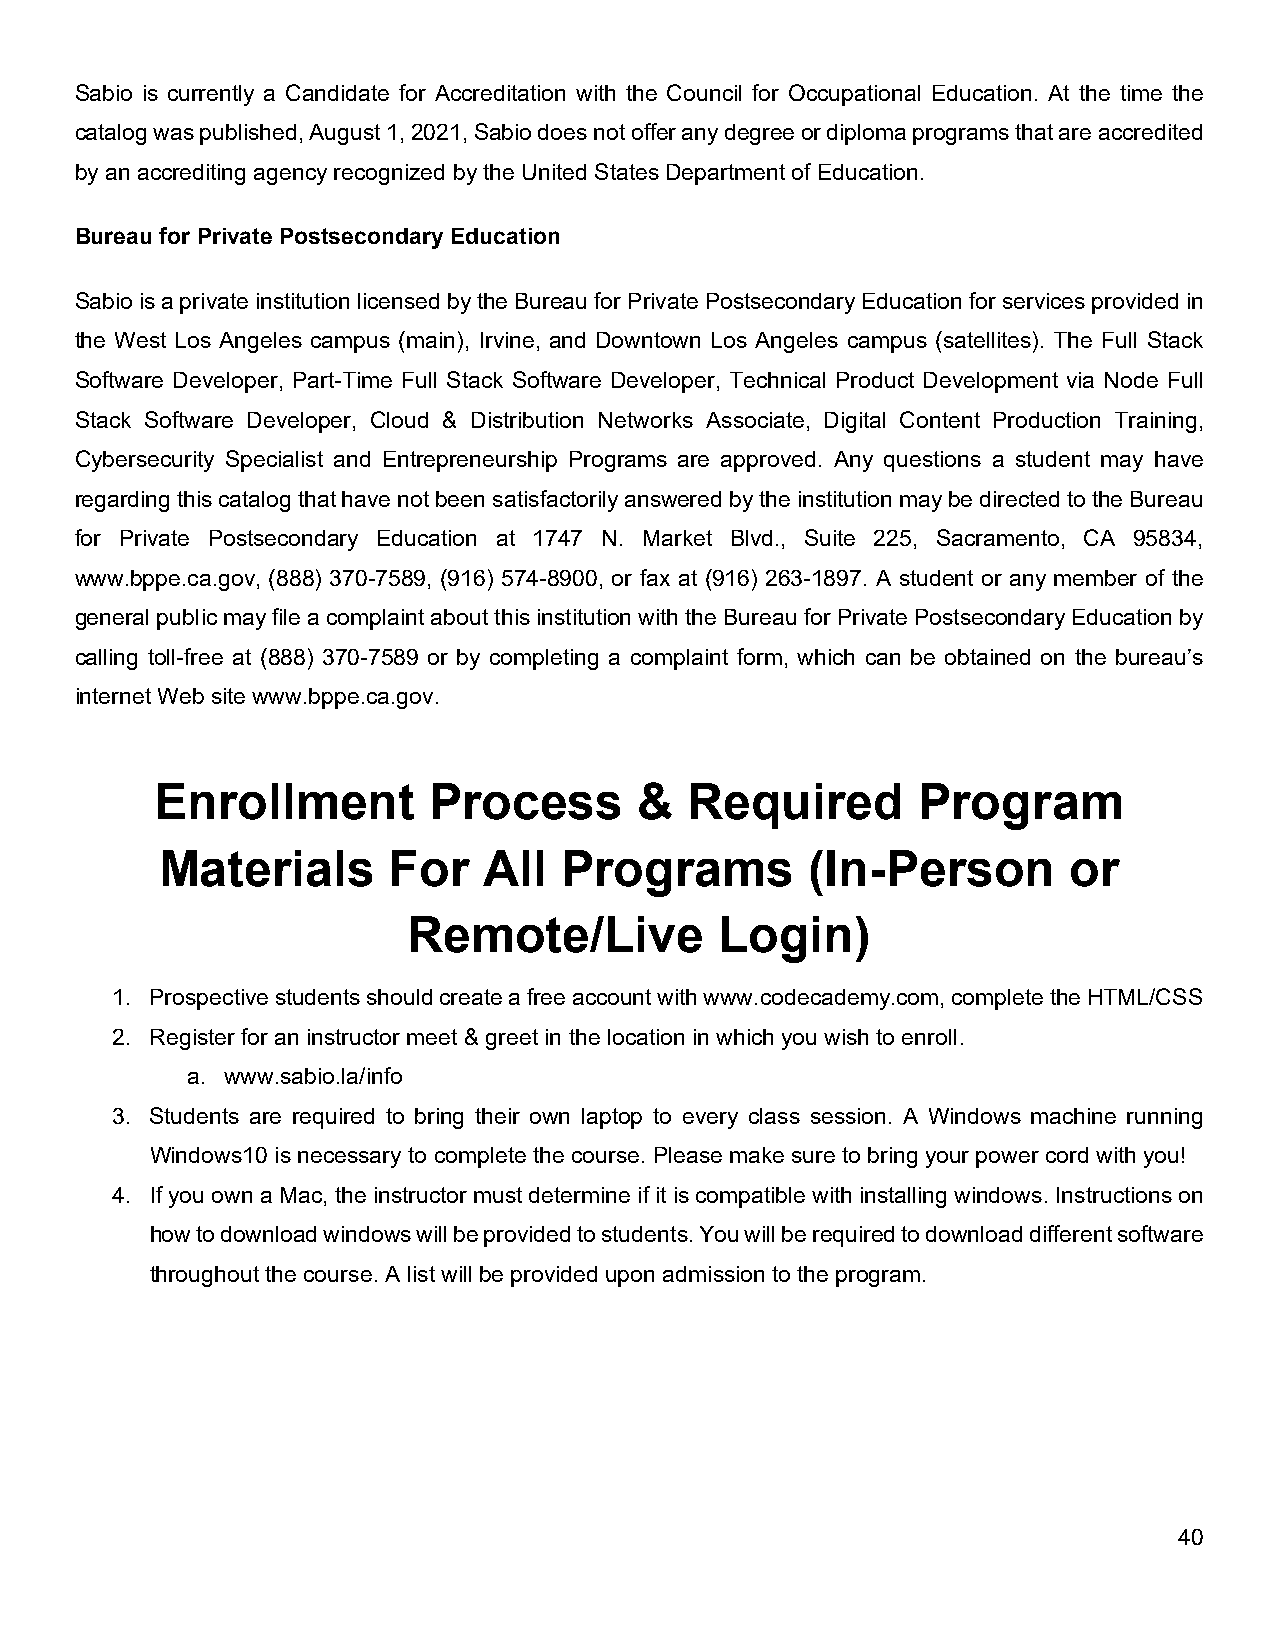
Sabio is currently a Candidate for Accreditation with the Council for Occupational Education. At the time the
 catalog was published, August 1, 2021, Sabio does not offer any degree or diploma programs that are accredited
 by an accrediting agency recognized by the United States Department of Education.
 Bureau for Private Postsecondary Education
 Sabio is a private institution licensed by the Bureau for Private Postsecondary Education for services provided in
 the West Los Angeles campus (main), Irvine, and Downtown Los Angeles campus (satellites). The Full Stack
 Software Developer, Part-Time Full Stack Software Developer, Technical Product Development via Node Full
 Stack Software Developer, Cloud & Distribution Networks Associate, Digital Content Production Training,
 Cybersecurity Specialist and Entrepreneurship Programs are approved. Any questions a student may have
 regarding this catalog that have not been satisfactorily answered by the institution may be directed to the Bureau
 for Private Postsecondary Education at 1747 N. Market Blvd., Suite 225, Sacramento, CA 95834,
 www.bppe.ca.gov, (888) 370-7589, (916) 574-8900, or fax at (916) 263-1897. A student or any member of the
 general public may file a complaint about this institution with the Bureau for Private Postsecondary Education by
 calling toll-free at (888) 370-7589 or by completing a complaint form, which can be obtained on the bureau’s
 internet Web site www.bppe.ca.gov.
 Enrollment        Process       &   Required       Program
 Materials      For   All  Programs         (In-Person       or
 Remote/Live          Login)
 1. Prospective students should create a free account with www.codecademy.com, complete the HTML/CSS
 2. Register for an instructor meet & greet in the location in which you wish to enroll.
 a. www.sabio.la/info
 3. Students are required to bring their own laptop to every class session. A Windows machine running
 Windows10 is necessary to complete the course. Please make sure to bring your power cord with you!
 4. If you own a Mac, the instructor must determine if it is compatible with installing windows. Instructions on
 how to download windows will be provided to students. You will be required to download different software
 throughout the course. A list will be provided upon admission to the program.
 40